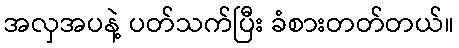
အလှအပနဲ့ ပတ်သက်ပြီး ခံစားတတ်တယ်။